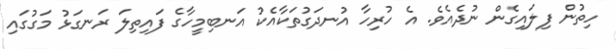
ހިތުން ފިލައިގެން ނުދެއެވެ. އެ ހުރިހާ އުނދަގުތަކާއެކު އަނބިމީހާގެ ފައިތިލަ ރަނގަޅު މަގުގައި